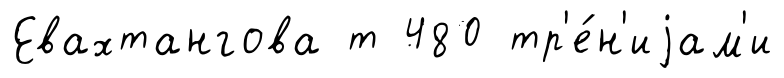
Евахтангова т 480 тр'е́н'иjам'и